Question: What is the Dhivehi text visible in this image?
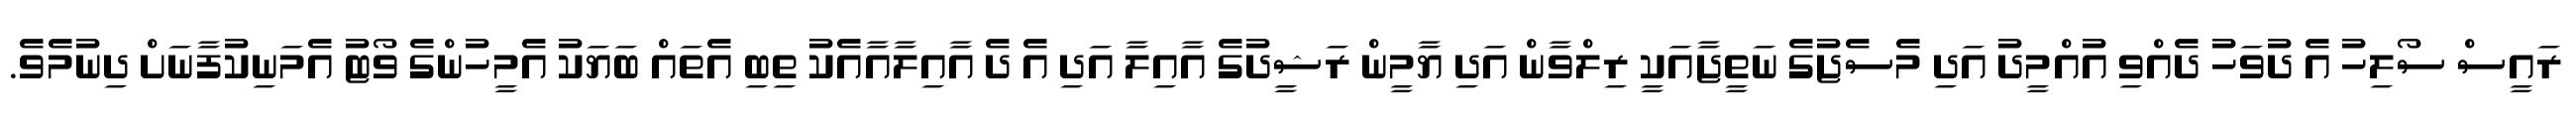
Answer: ރައީސް ސޯލިހު އެ ދުވަހު ދެއްވި އުއްމީދު އަދި މެސެޖުގެ ނަތީޖާއަކީ ރިލްވާން އަދި ޔާމީން ރަޝީދުގެ އާއިލާ އަދި އެ ދެ އާއިލާއާއެކު ތިބި އެތައް ބަޔަކު އެމީހުންގެ ވޯޓު އެމަނިކުފާނަށް ދިނުމެވެ.